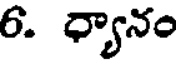
6. ధ్యానం